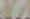
الشأن